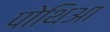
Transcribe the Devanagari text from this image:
पोथिआ